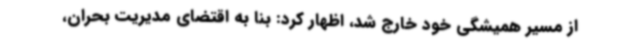
از مسیر همیشگی خود خارج شد، اظهار کرد: بنا به اقتضای مدیریت بحران،